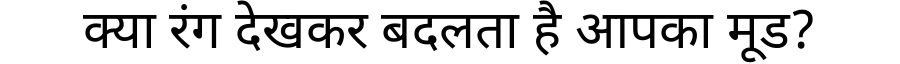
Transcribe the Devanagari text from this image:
क्या रंग देखकर बदलता है आपका मूड?